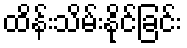
ထိန်းသိမ်းနိုင်ခြင်း